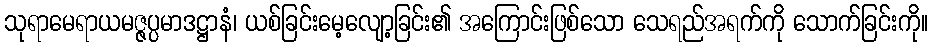
သုရာမေရာယမဇ္ဇပ္ပမာဒဋ္ဌာနံ၊ ယစ်ခြင်းမေ့လျော့ခြင်း၏ အကြောင်းဖြစ်သော သေရည်အရက်ကို သောက်ခြင်းကို။